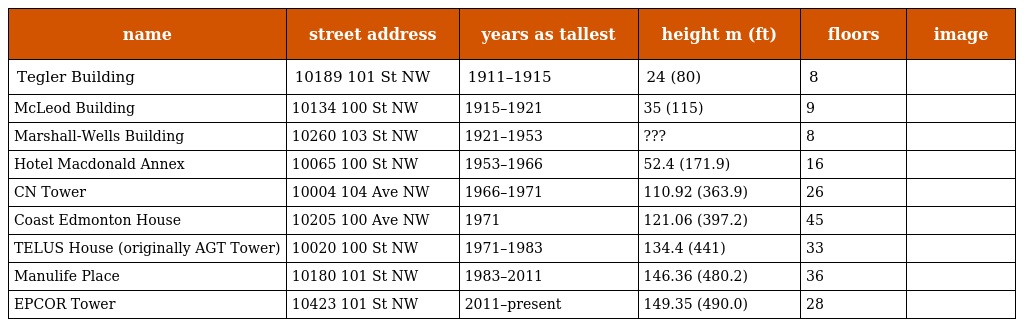
| name | street address | years as tallest | height m (ft) | floors | image |
 | --- | --- | --- | --- | --- | --- |
 | Tegler Building | 10189 101 St NW | 1911–1915 | 24 (80) | 8 |  |
 | McLeod Building | 10134 100 St NW | 1915–1921 | 35 (115) | 9 |  |
 | Marshall-Wells Building | 10260 103 St NW | 1921–1953 | ??? | 8 |  |
 | Hotel Macdonald Annex | 10065 100 St NW | 1953–1966 | 52.4 (171.9) | 16 |  |
 | CN Tower | 10004 104 Ave NW | 1966–1971 | 110.92 (363.9) | 26 |  |
 | Coast Edmonton House | 10205 100 Ave NW | 1971 | 121.06 (397.2) | 45 |  |
 | TELUS House (originally AGT Tower) | 10020 100 St NW | 1971–1983 | 134.4 (441) | 33 |  |
 | Manulife Place | 10180 101 St NW | 1983–2011 | 146.36 (480.2) | 36 |  |
 | EPCOR Tower | 10423 101 St NW | 2011–present | 149.35 (490.0) | 28 |  |